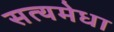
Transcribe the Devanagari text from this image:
सत्यमेधा